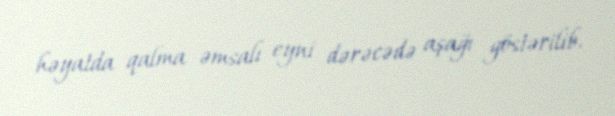
həyatda qalma əmsalı eyni dərəcədə aşağı göstərilib.